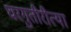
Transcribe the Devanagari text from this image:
घरगुतीरीत्या